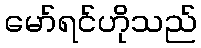
မော်ရင်ဟိုသည်